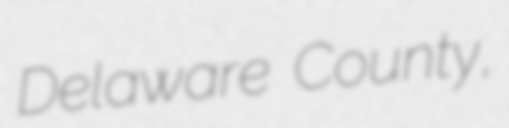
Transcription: Delaware County,